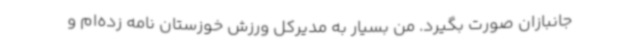
جانبازان صورت بگیرد. من بسیار به مدیرکل ورزش خوزستان نامه زده‌ام و